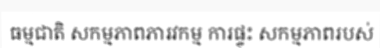
ធម្មជាតិ សកម្មភាពភារវកម្ម ការផ្ទុះ សកម្មភាពរបស់